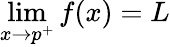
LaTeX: \operatorname*{lim}_{x\to p^{+}}f(x)=L